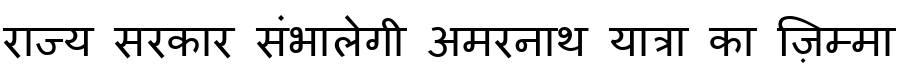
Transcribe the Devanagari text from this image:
राज्य सरकार संभालेगी अमरनाथ यात्रा का ज़िम्मा